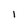
Character: I